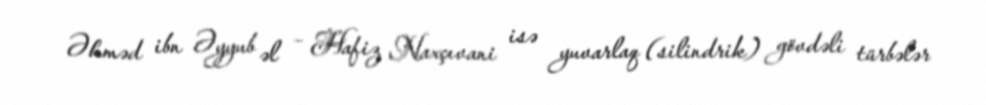
Əhməd ibn Əyyub əl – Hafiz Naxçıvani isə yuvarlaq (silindrik) gövdəli türbələr